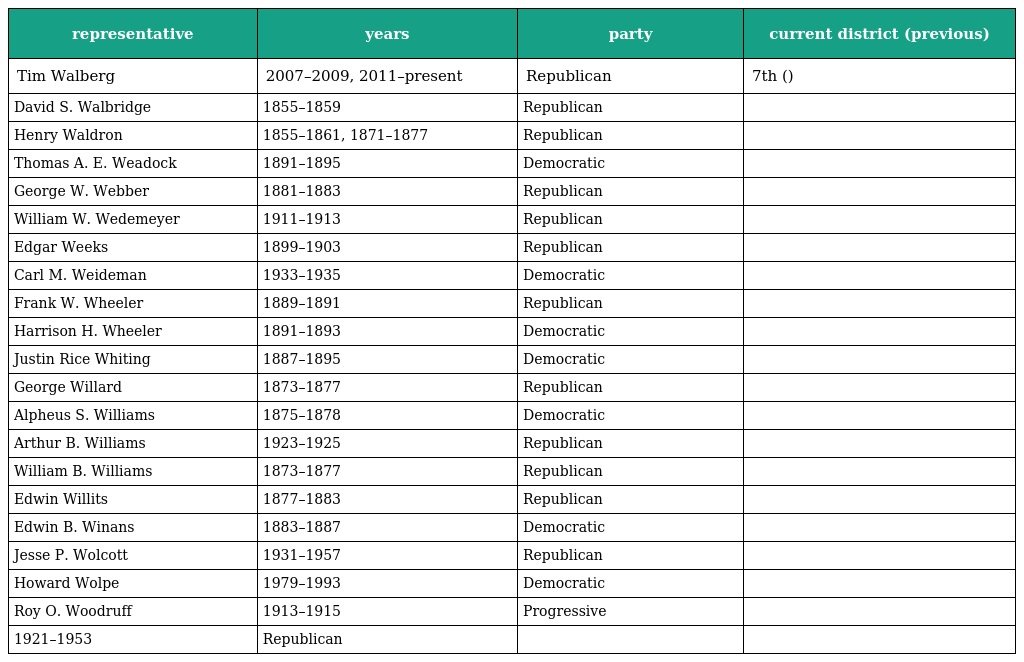
| representative | years | party | current district (previous) |
 | --- | --- | --- | --- |
 | Tim Walberg | 2007–2009, 2011–present | Republican | 7th () |
 | David S. Walbridge | 1855–1859 | Republican |  |
 | Henry Waldron | 1855–1861, 1871–1877 | Republican |  |
 | Thomas A. E. Weadock | 1891–1895 | Democratic |  |
 | George W. Webber | 1881–1883 | Republican |  |
 | William W. Wedemeyer | 1911–1913 | Republican |  |
 | Edgar Weeks | 1899–1903 | Republican |  |
 | Carl M. Weideman | 1933–1935 | Democratic |  |
 | Frank W. Wheeler | 1889–1891 | Republican |  |
 | Harrison H. Wheeler | 1891–1893 | Democratic |  |
 | Justin Rice Whiting | 1887–1895 | Democratic |  |
 | George Willard | 1873–1877 | Republican |  |
 | Alpheus S. Williams | 1875–1878 | Democratic |  |
 | Arthur B. Williams | 1923–1925 | Republican |  |
 | William B. Williams | 1873–1877 | Republican |  |
 | Edwin Willits | 1877–1883 | Republican |  |
 | Edwin B. Winans | 1883–1887 | Democratic |  |
 | Jesse P. Wolcott | 1931–1957 | Republican |  |
 | Howard Wolpe | 1979–1993 | Democratic |  |
 | Roy O. Woodruff | 1913–1915 | Progressive |  |
 | 1921–1953 | Republican |  |  |